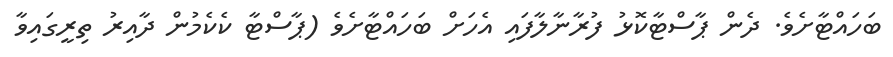
ބަހައްޓާށެވެ. ދެން ޕާސްޓާކޮޅު ފުރާނާލާފައި އެހަށް ބަހައްޓާށެވެ (ޕާސްޓާ ކެކެމުން ދާއިރު ތިރީގައިވާ